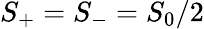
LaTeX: S_{+}=S_{-}=S_{0}/2